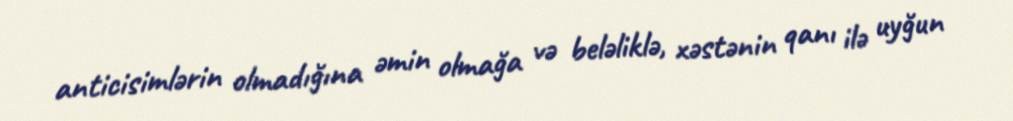
anticisimlərin olmadığına əmin olmağa və beləliklə, xəstənin qanı ilə uyğun